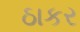
ઠાકર